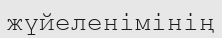
жүйеленімінің